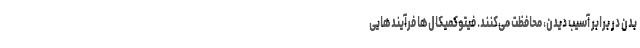
بدن در برابر آسیب‌ دیدن، محافظت می‌کنند. فیتوکمیکال‌ها فرآیندهایی